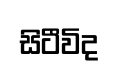
සිටීවිද